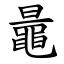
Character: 鼂